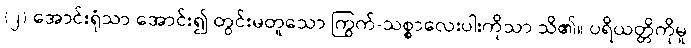
(၂) အောင်းရုံသာ အောင်း၍ တွင်းမတူသော ကြွက်-သစ္စာလေးပါးကိုသာ သိ၏။ ပရိယတ္တိကိုမူ